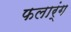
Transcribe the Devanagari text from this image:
फलार्ंग